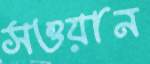
সওয়ান